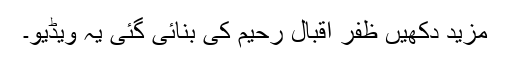
مزید دکھیں ظفر اقبال رحیم کی بنائی گئی یہ ویڈیو۔